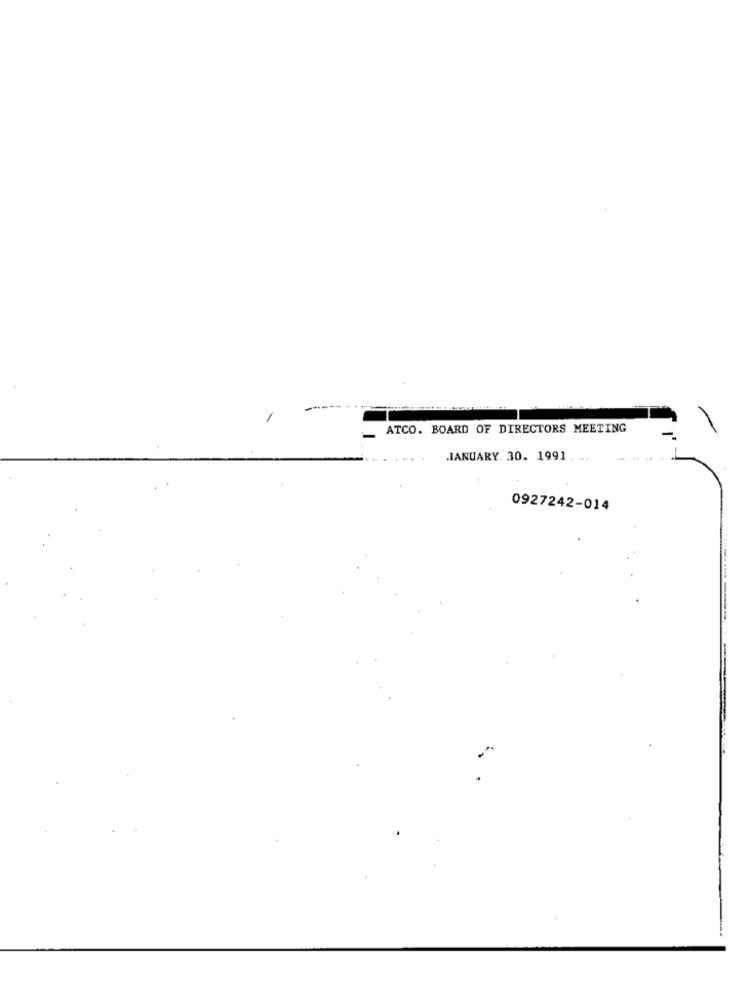
ATCO. BOARD OF DIRECTORS MEETING
.JANUARY. 30. 1991 .
...
0927242-014